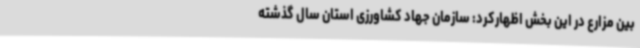
بین مزارع در این بخش اظهارکرد: سازمان جهاد کشاورزی استان سال گذشته